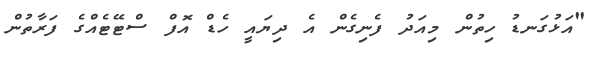
"އަޅުގަނޑު ހިތުން މިއަދު ފެނިގެން އެ ދިޔައީ ހެޑް އޮފް ސްޓޭޓެއްގެ ފަރާތުން